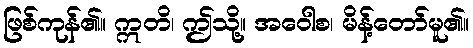
ဖြစ်ကုန်၏။ ဣတိ၊ ဤသို့။ အဝေါစ၊ မိန့်တော်မူ၏။